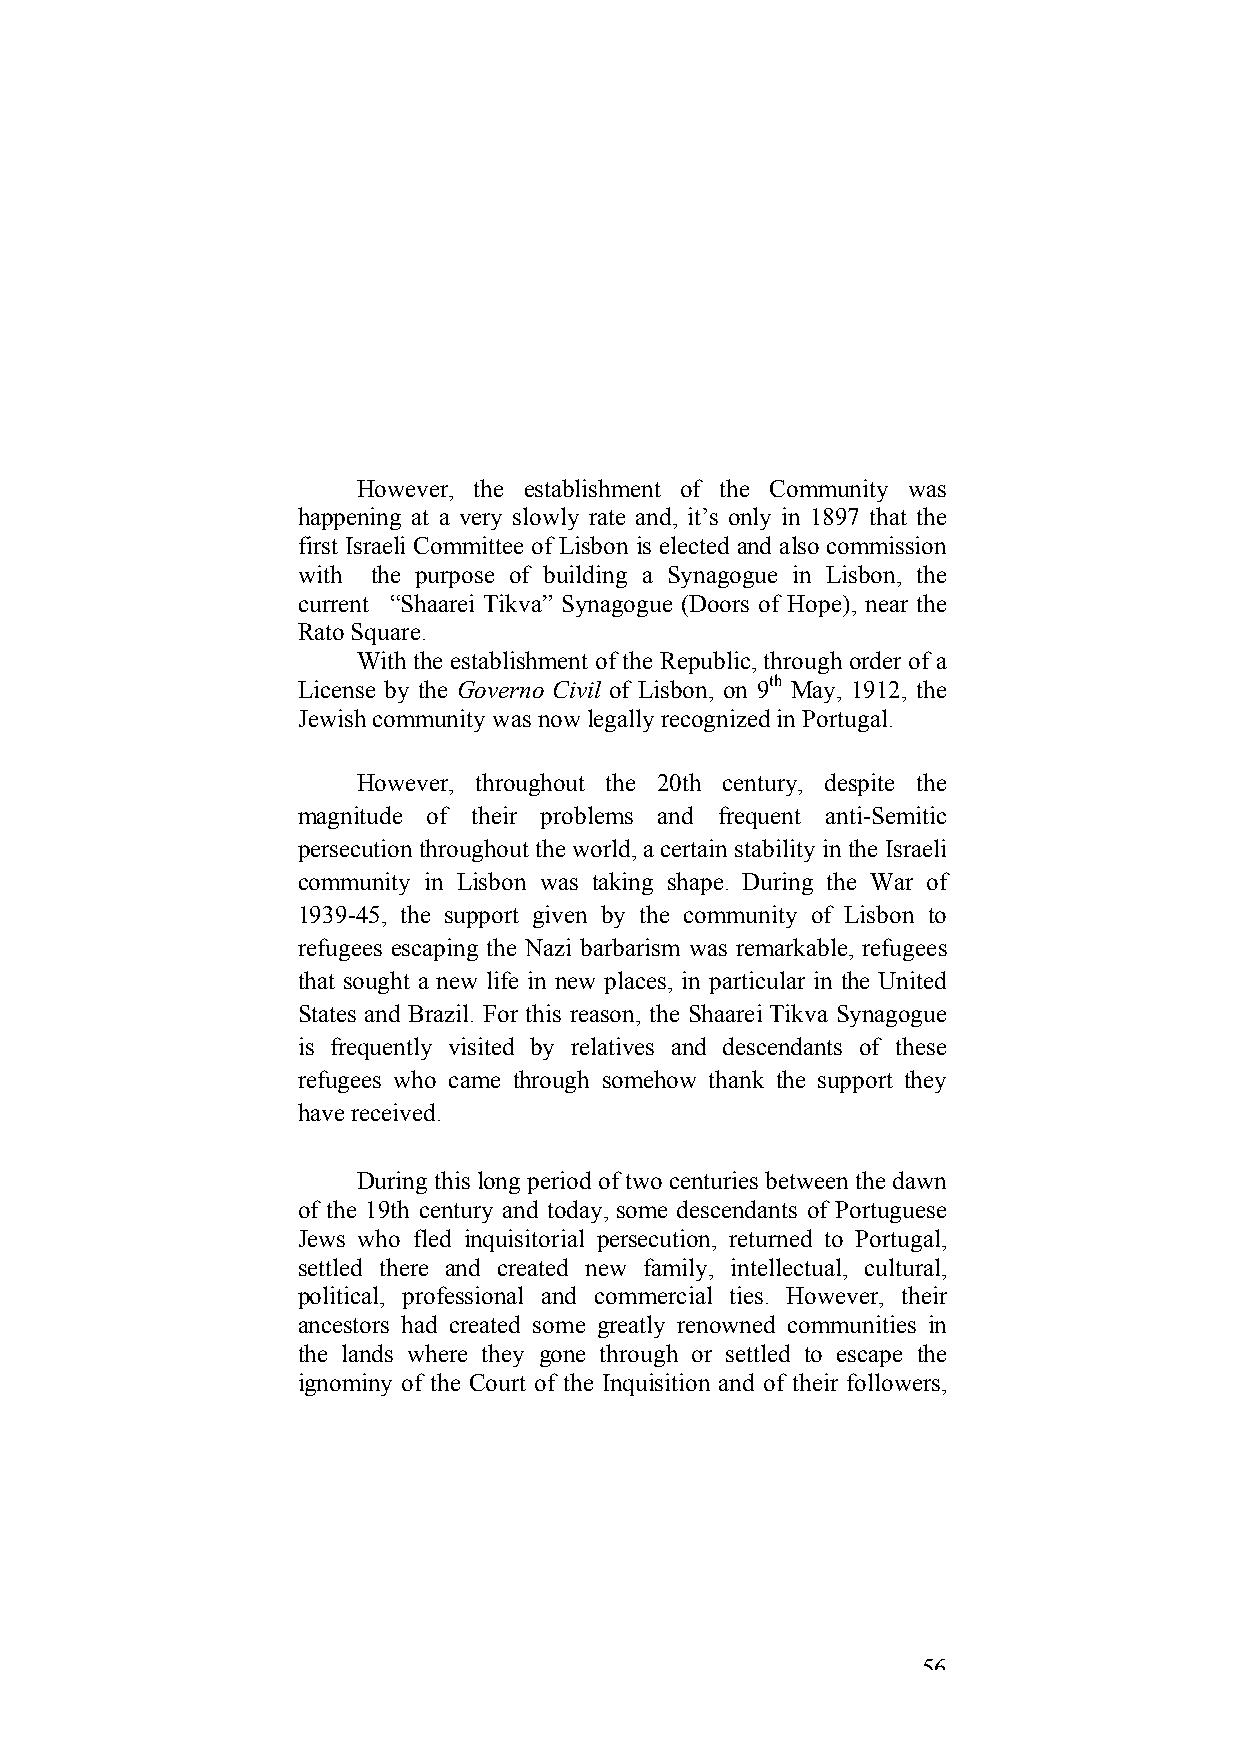
However, the establishment of the Community was
 happening at a very slowly rate and, it’s only in 1897 that the
 first Israeli Committee of Lisbon is elected and also commission
 with the purpose of building a Synagogue in Lisbon, the
 current “Shaarei Tikva” Synagogue (Doors of Hope), near the
 Rato Square.
 With the establishment of the Republic, through order of a
 License by the Governo Civil of Lisbon, on 9th May, 1912, the
 Jewish community was now legally recognized in Portugal.
 However, throughout the 20th century, despite the
 magnitude of their problems and frequent anti-Semitic
 persecution throughout the world, a certain stability in the Israeli
 community in Lisbon was taking shape. During the War of
 1939-45, the support given by the community of Lisbon to
 refugees escaping the Nazi barbarism was remarkable, refugees
 that sought a new life in new places, in particular in the United
 States and Brazil. For this reason, the Shaarei Tikva Synagogue
 is frequently visited by relatives and descendants of these
 refugees who came through somehow thank the support they
 have received.
 During this long period of two centuries between the dawn
 of the 19th century and today, some descendants of Portuguese
 Jews who fled inquisitorial persecution, returned to Portugal,
 settled there and created new family, intellectual, cultural,
 political, professional and commercial ties. However, their
 ancestors had created some greatly renowned communities in
 the lands where they gone through or settled to escape the
 ignominy of the Court of the Inquisition and of their followers,
 56